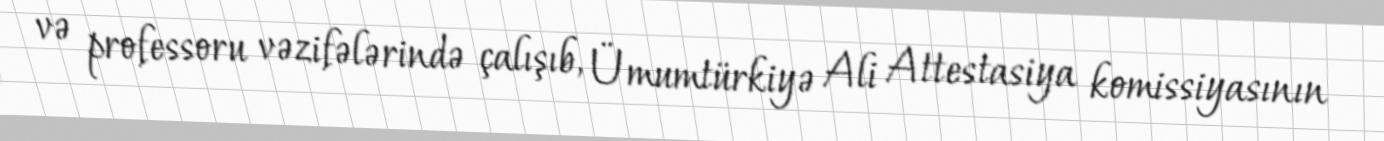
və professoru vəzifələrində çalışıb, Ümumtürkiyə Ali Attestasiya komissiyasının